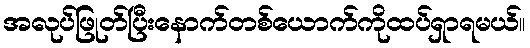
အလုပ်ဖြုတ်ပြီးနောက်တစ်ယောက်ကိုထပ်ရှာရမယ်။